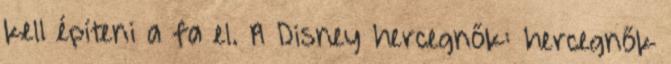
kell építeni a fa el. A Disney hercegnők: hercegnők